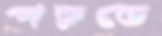
পড়তে